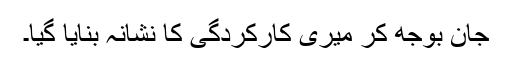
جان بوجھ کر میری کارکردگی کا نشانہ بنایا گیا۔